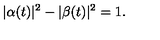
| \alpha ( t ) | ^ { 2 } - | \beta ( t ) | ^ { 2 } = 1 .